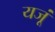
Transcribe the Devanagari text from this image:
यजूं